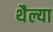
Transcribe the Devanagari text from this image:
थैल्या